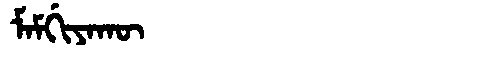
Manchu: ᠮᠠᠮᡤᡳᠶᠠᡴᡡ
Romanization: MAMGIYAKŪ